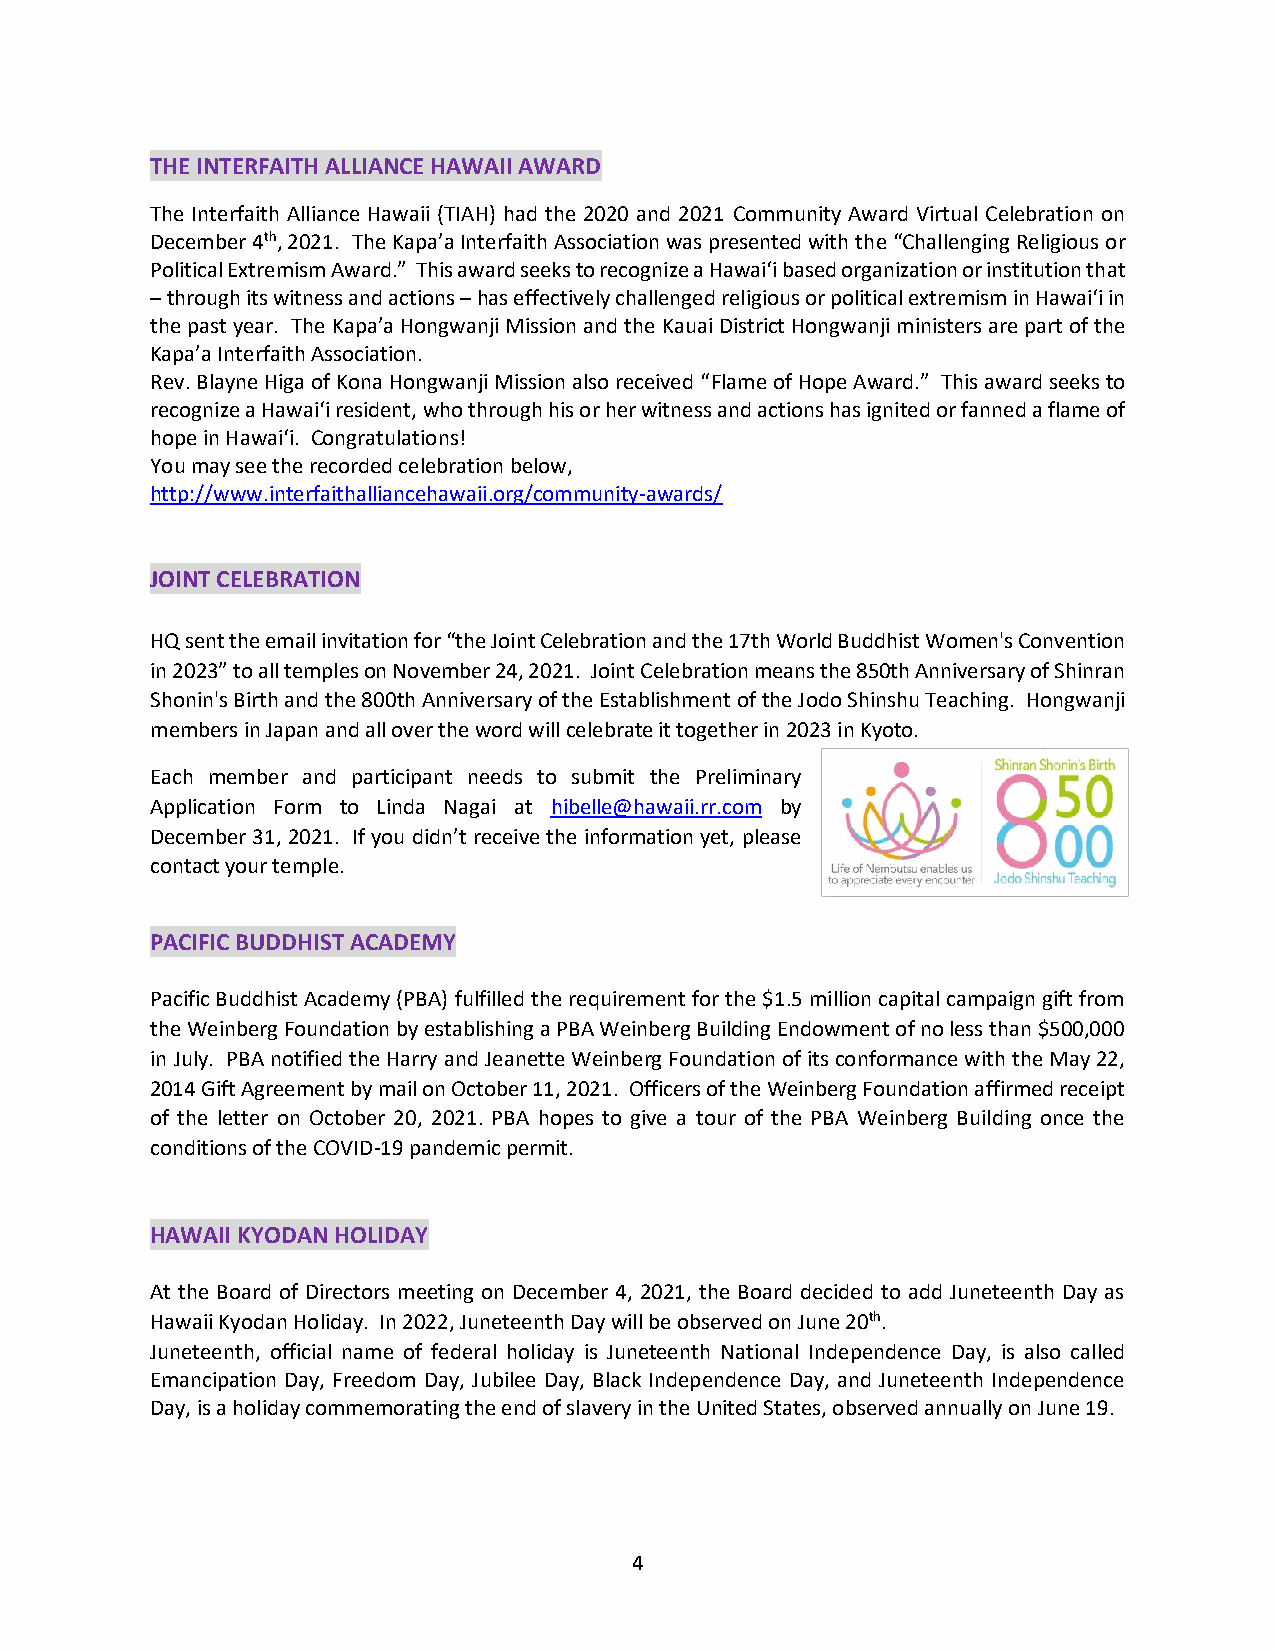
THE INTERFAITH ALLIANCE HAWAII AWARD
 The Interfaith Alliance Hawaii (TIAH) had the 2020 and 2021 Community Award Virtual Celebration on
 December 4th, 2021. The Kapa’a Interfaith Association was presented with the “Challenging Religious or
 Political Extremism Award.” This award seeks to recognize a Hawai‘i based organization or institution that
 – through its witness and actions – has effectively challenged religious or political extremism in Hawai‘i in
 the past year. The Kapa’a Hongwanji Mission and the Kauai District Hongwanji ministers are part of the
 Kapa’a Interfaith Association.
 Rev. Blayne Higa of Kona Hongwanji Mission also received “Flame of Hope Award.” This award seeks to
 recognize a Hawai‘i resident, who through his or her witness and actions has ignited or fanned a flame of
 hope in Hawai‘i. Congratulations!
 You may see the recorded celebration below,
 http://www.interfaithalliancehawaii.org/community-awards/
 JOINT CELEBRATION
 HQ sent the email invitation for “the Joint Celebration and the 17th World Buddhist Women's Convention
 in 2023” to all temples on November 24, 2021. Joint Celebration means the 850th Anniversary of Shinran
 Shonin's Birth and the 800th Anniversary of the Establishment of the Jodo Shinshu Teaching. Hongwanji
 members in Japan and all over the word will celebrate it together in 2023 in Kyoto.
 Each member and participant needs to submit the Preliminary
 Application Form to Linda Nagai at hibelle@hawaii.rr.com by
 December 31, 2021. If you didn’t receive the information yet, please
 contact your temple.
 PACIFIC BUDDHIST ACADEMY
 Pacific Buddhist Academy (PBA) fulfilled the requirement for the $1.5 million capital campaign gift from
 the Weinberg Foundation by establishing a PBA Weinberg Building Endowment of no less than $500,000
 in July. PBA notified the Harry and Jeanette Weinberg Foundation of its conformance with the May 22,
 2014 Gift Agreement by mail on October 11, 2021. Officers of the Weinberg Foundation affirmed receipt
 of the letter on October 20, 2021. PBA hopes to give a tour of the PBA Weinberg Building once the
 conditions of the COVID-19 pandemic permit.
 HAWAII KYODAN HOLIDAY
 At the Board of Directors meeting on December 4, 2021, the Board decided to add Juneteenth Day as
 Hawaii Kyodan Holiday. In 2022, Juneteenth Day will be observed on June 20th.
 Juneteenth, official name of federal holiday is Juneteenth National Independence Day, is also called
 Emancipation Day, Freedom Day, Jubilee Day, Black Independence Day, and Juneteenth Independence
 Day, is a holiday commemorating the end of slavery in the United States, observed annually on June 19.
 4